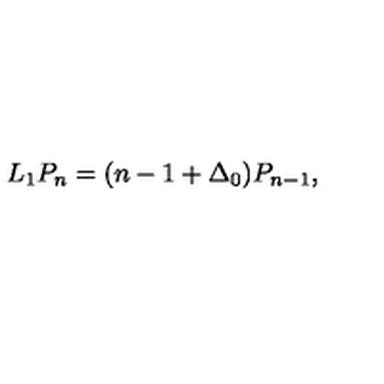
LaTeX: L _ { 1 } P _ { n } = ( n - 1 + \Delta _ { 0 } ) P _ { n - 1 } ,